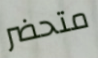
متحضر